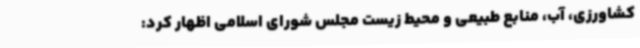
کشاورزی، آب، منابع طبیعی و محیط زیست مجلس شورای اسلامی اظهار کرد: